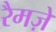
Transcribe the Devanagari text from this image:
रैमज़े